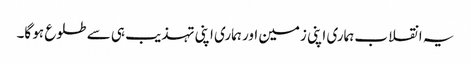
یہ انقلاب ہماری اپنی زمین اور ہماری اپنی تہذیب ہی سے طلوع ہو گا۔